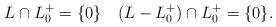
LaTeX: \begin{align*}L\cap L_0^+=\{0\}\quad(L-L_0^+)\cap L_0^+=\{0\}.\end{align*}